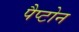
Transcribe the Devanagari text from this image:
पैप्टोन